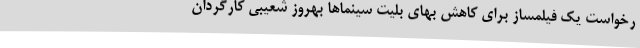
رخواست یک فیلمساز برای کاهش بهای بلیت سینماها بهروز شعیبی کارگردان